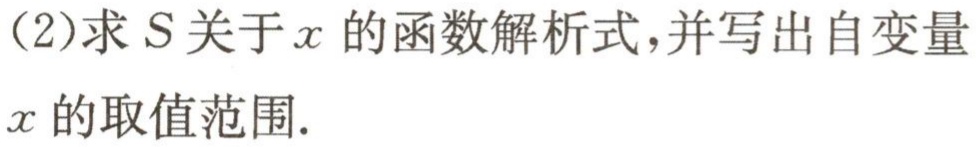
(2)求\(S\)关于\(x\)的函数解析式,并写出自变量\(x\)的取值范围.